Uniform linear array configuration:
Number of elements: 48
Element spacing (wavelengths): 1
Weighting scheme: exponential
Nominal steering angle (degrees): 45
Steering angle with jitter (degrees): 45.528
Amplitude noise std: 0.05
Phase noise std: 0.05

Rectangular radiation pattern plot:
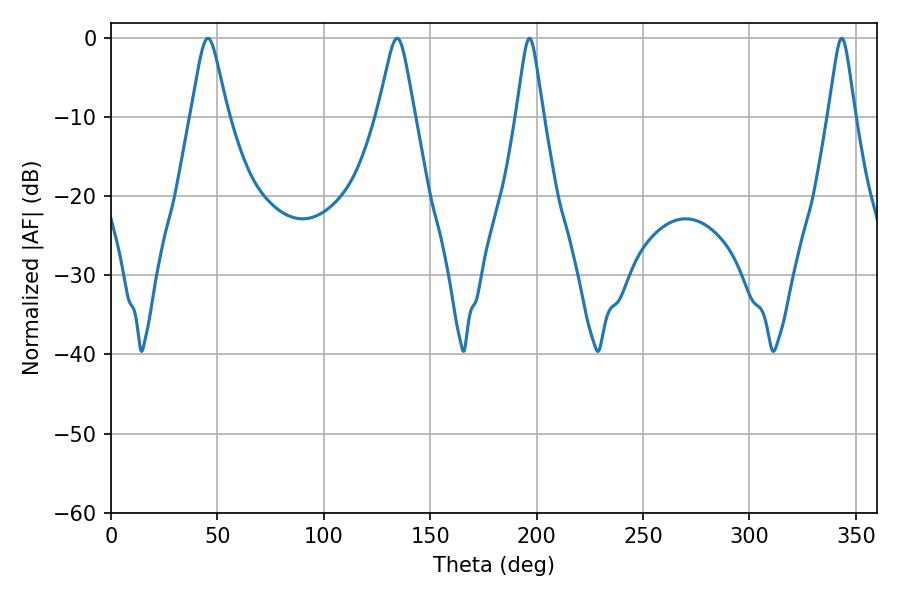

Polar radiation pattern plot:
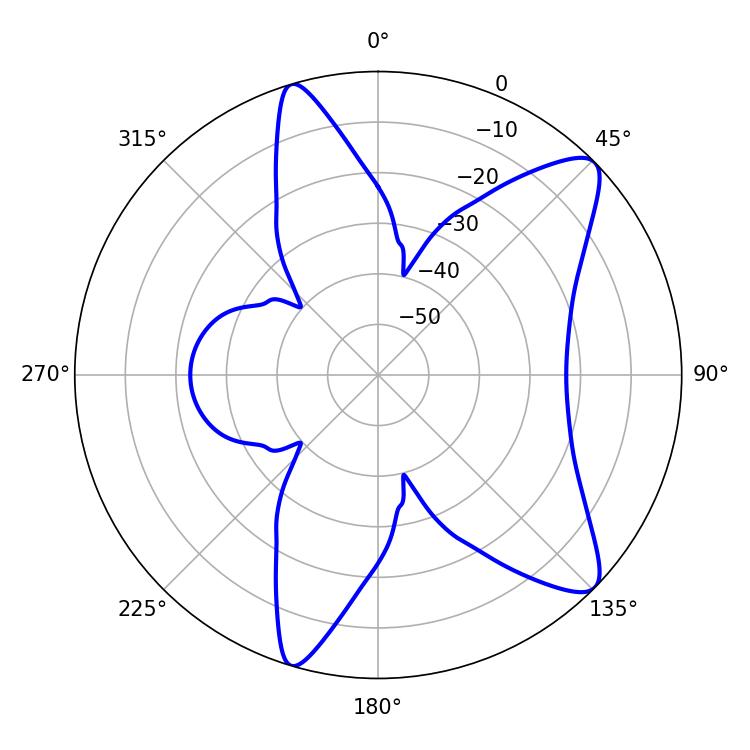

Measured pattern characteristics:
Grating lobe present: TRUE
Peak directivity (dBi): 10.364
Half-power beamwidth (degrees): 8.28
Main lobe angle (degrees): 45.54